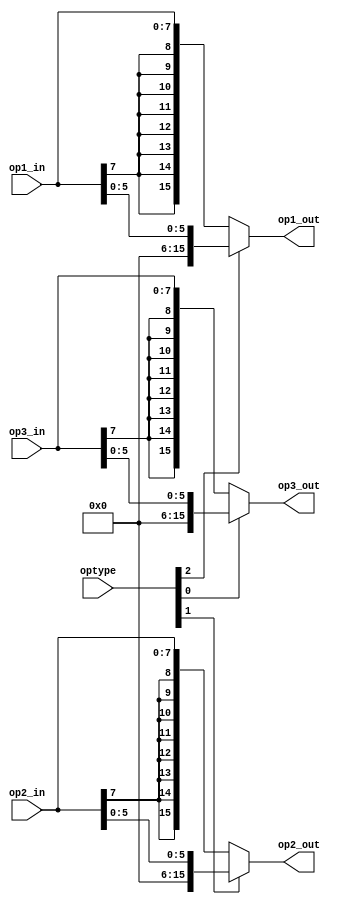
module Sign_Extend_Operands (optype, op1_in, op2_in, op3_in, op1_out, op2_out, op3_out);
	
	input [2:0] optype;
	input signed [7:0] op1_in, op2_in, op3_in;
	output reg  signed [15:0] op1_out, op2_out, op3_out;
	
	always@(*)
		begin
			if (optype[2] == 1) begin					//se o operando for um endereo de registrador, os dois primeirs bits indicam o modo de acesso, por isso tem que remover
				op1_out = op1_in[5:0];					//se for um registrador, ento esse operador  um endereo portanto no tem sinal (no existe registrador negativo)
			end
			else begin										//caso contrrio, o operando inteiro  um imediato e pode ser usado como constante
				op1_out = $signed(op1_in[7:0]);
			end
			
				
			if(optype[1] == 1) begin
				op2_out = op2_in[5:0];
			end
			else begin
				op2_out = $signed(op2_in[7:0]);
			end
				
							
			if(optype[0] == 1) begin
				op3_out = op3_in[5:0];
			end
			else begin
				op3_out = $signed(op3_in[7:0]);
			end
		end
		
	
endmodule